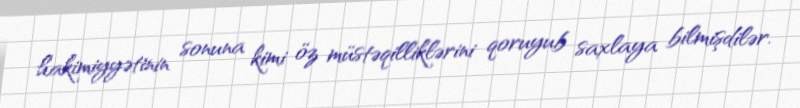
hakimiyyətinin sonuna kimi öz müstəqilliklərini qoruyub saxlaya bilmişdilər.